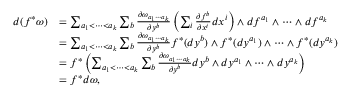
\begin{array} { r l } { d ( f ^ { * } \omega ) } & { = \sum _ { a _ { 1 } < \cdots < a _ { k } } \sum _ { b } \frac { \partial \omega _ { a _ { 1 } \cdots a _ { k } } } { \partial y ^ { b } } \left( \sum _ { i } \frac { \partial f ^ { b } } { \partial x ^ { i } } d x ^ { i } \right) \wedge d f ^ { a _ { 1 } } \wedge \cdots \wedge d f ^ { a _ { k } } } \\ & { = \sum _ { a _ { 1 } < \cdots < a _ { k } } \sum _ { b } \frac { \partial \omega _ { a _ { 1 } \cdots a _ { k } } } { \partial y ^ { b } } f ^ { * } ( d y ^ { b } ) \wedge f ^ { * } ( d y ^ { a _ { 1 } } ) \wedge \cdots \wedge f ^ { * } ( d y ^ { a _ { k } } ) } \\ & { = f ^ { * } \left( \sum _ { a _ { 1 } < \cdots < a _ { k } } \sum _ { b } \frac { \partial \omega _ { a _ { 1 } \cdots a _ { k } } } { \partial y ^ { b } } d y ^ { b } \wedge d y ^ { a _ { 1 } } \wedge \cdots \wedge d y ^ { a _ { k } } \right) } \\ & { = f ^ { * } d \omega , } \end{array}